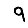
Digit: 9